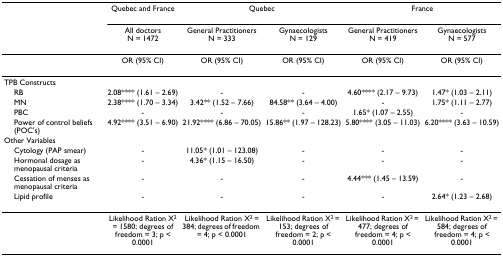
<table><thead><tr><td></td><td><b>Quebec and France</b></td><td colspan="2"><b>Quebec</b></td><td colspan="2"><b>France</b></td></tr><tr><td></td><td><b>All doctorsN = 1472</b></td><td><b>General PractitionersN = 333</b></td><td><b>GynaecologistsN = 129</b></td><td><b>General PractitionersN = 419</b></td><td><b>GynaecologistsN = 577</b></td></tr></thead><tbody><tr><td></td><td>OR (95% CI)</td><td>OR (95% CI)</td><td>OR (95% CI)</td><td>OR (95% CI)</td><td>OR (95% CI)</td></tr><tr><td colspan="6">TPB Constructs</td></tr><tr><td> RB</td><td>2.08**** (1.61 – 2.69)</td><td>-</td><td>-</td><td>4.60**** (2.17 – 9.73)</td><td>1.47* (1.03 – 2.11)</td></tr><tr><td> MN</td><td>2.38**** (1.70 – 3.34)</td><td>3.42** (1.52 – 7.66)</td><td>84.58** (3.64 – 4.00)</td><td>-</td><td>1.75* (1.11 – 2.77)</td></tr><tr><td> PBC</td><td>-</td><td>-</td><td>-</td><td>1.65* (1.07 – 2.55)</td><td>-</td></tr><tr><td> Power of control beliefs (POC&#x27;s)</td><td>4.92**** (3.51 – 6.90)</td><td>21.92**** (6.86 – 70.05)</td><td>15.86** (1.97 – 128.23)</td><td>5.80**** (3.05 – 11.03)</td><td>6.20**** (3.63 – 10.59)</td></tr><tr><td colspan="6">Other Variables</td></tr><tr><td> Cytology (PAP smear)</td><td>-</td><td>11.05* (1.01 – 123.08)</td><td>-</td><td>-</td><td>-</td></tr><tr><td> Hormonal dosage as menopausal criteria</td><td>-</td><td>4.36* (1.15 – 16.50)</td><td>-</td><td>-</td><td>-</td></tr><tr><td> Cessation of menses as menopausal criteria</td><td>-</td><td>-</td><td>-</td><td>4.44*** (1.45 – 13.59)</td><td>-</td></tr><tr><td> Lipid profile</td><td>-</td><td>-</td><td>-</td><td>-</td><td>2.64* (1.23 – 2.68)</td></tr><tr><td></td><td>Likelihood Ration X<sup>2 </sup>= 1580; degrees of freedom = 3; p &lt; 0.0001</td><td>Likelihood Ration X<sup>2 </sup>= 384; degrees of freedom = 4; p &lt; 0.0001</td><td>Likelihood Ration X<sup>2 </sup>= 153; degrees of freedom = 2; p &lt; 0.0001</td><td>Likelihood Ration X<sup>2 </sup>= 477; degrees of freedom = 4; p &lt; 0.0001</td><td>Likelihood Ration X<sup>2 </sup>= 584; degrees of freedom = 4; p &lt; 0.0001</td></tr></tbody></table>